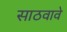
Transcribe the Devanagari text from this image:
साठवावे